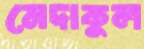
মেদাকুল